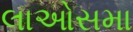
લાઓસમા